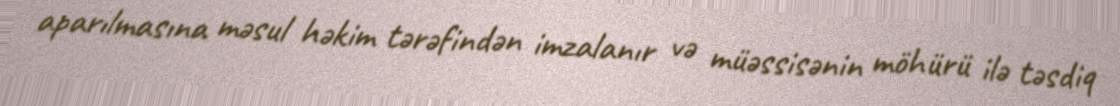
aparılmasına məsul həkim tərəfindən imzalanır və müəssisənin möhürü ilə təsdiq